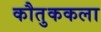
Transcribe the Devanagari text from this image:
कौतुककला